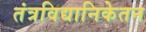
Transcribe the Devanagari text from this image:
तंत्रविद्यानिकेतन